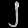
Digit: ၂